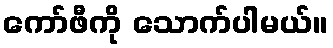
ကော်ဖီကို သောက်ပါမယ်။